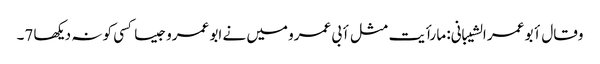
وقال أبو عمر الشیبانی: ما رأیت مثل أبی عمرو میں نے ابو عمرو جیسا کسی کو نہ دیکھا 7۔